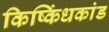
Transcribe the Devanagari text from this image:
किष्किंधकांड